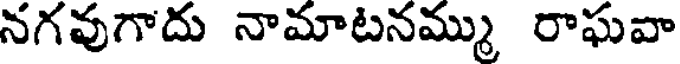
నగవుగాదు నామాటనమ్ము రాఘవా